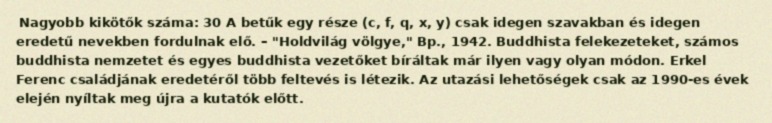
Nagyobb kikötők száma: 30 A betűk egy része (c, f, q, x, y) csak idegen szavakban és idegen eredetű nevekben fordulnak elő. – "Holdvilág völgye," Bp., 1942. Buddhista felekezeteket, számos buddhista nemzetet és egyes buddhista vezetőket bíráltak már ilyen vagy olyan módon. Erkel Ferenc családjának eredetéről több feltevés is létezik. Az utazási lehetőségek csak az 1990-es évek elején nyíltak meg újra a kutatók előtt.